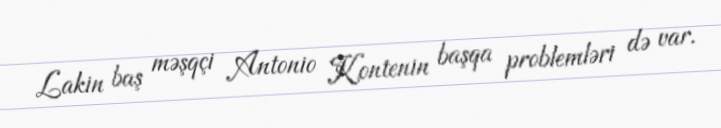
Lakin baş məşqçi Antonio Kontenin başqa problemləri də var.